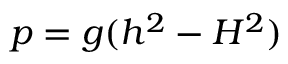
p = g ( h ^ { 2 } - H ^ { 2 } )